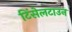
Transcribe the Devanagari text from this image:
टिंसेलटाउन